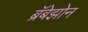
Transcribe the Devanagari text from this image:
ब्रॅबेझोन